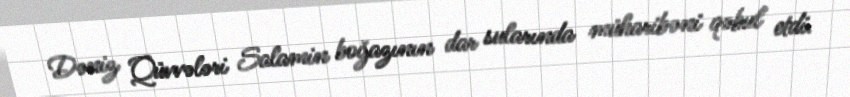
Dəniz Qüvvələri Salamin boğazının dar sularında müharibəni qəbul etdi.